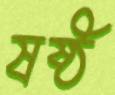
ষষ্ঠ